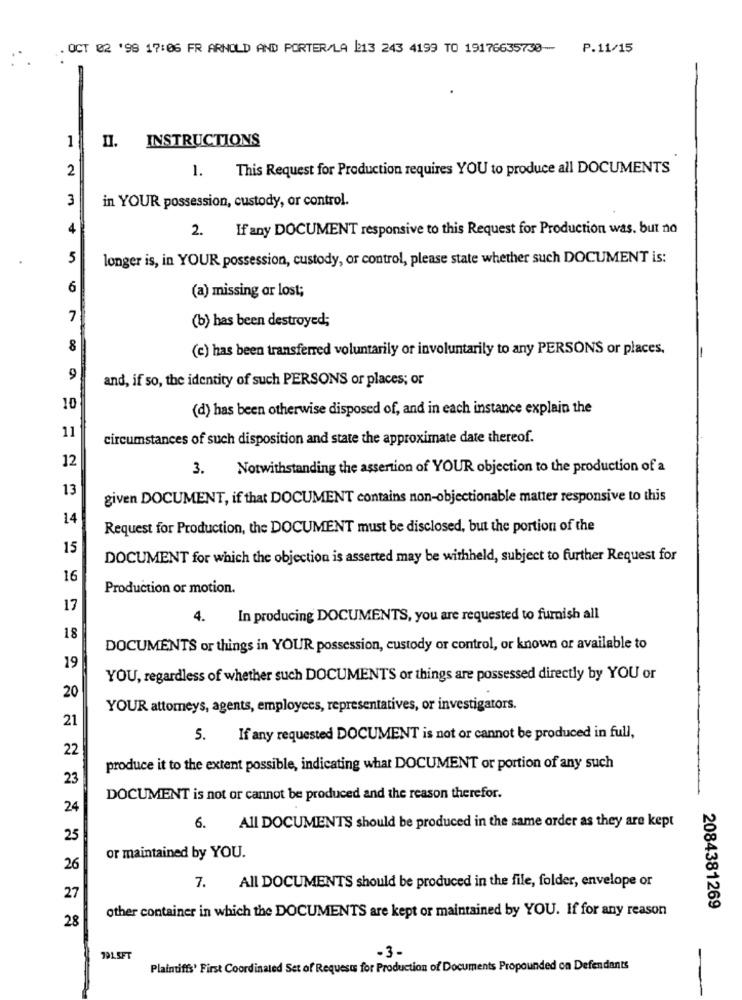
. OCT 02 '99 17:06 FR ARNOLD AND PORTER/LA 2213 243 4199 TO 19176635730 -- P.11/15
1
INSTRUCTIONS
2
This Request for Production requires YOU to produce all DOCUMENTS
1.
3
in YOUR possession, custody, or control.
4
If any DOCUMENT responsive to this Request for Production was. but no
2.
5
longer is, in YOUR possession, custody, or control, please state whether such DOCUMENT is:
6
(a) missing or lost;
7
(b) has been destroyed;
8
(c) has been transferred voluntarily or involuntarily to any PERSONS or places.
-
9
and, if so, the identity of such PERSONS or places; or
10
(d) has been otherwise disposed of, and in each instance explain the
11
circumstances of such disposition and state the approximate date thereof.
12
3.
Notwithstanding the assertion of YOUR objection to the production of a
13
given DOCUMENT, if that DOCUMENT contains non-objectionable matter responsive to this
14
Request for Production, the DOCUMENT must be disclosed, but the portion of the
15
DOCUMENT for which the objection is asserted may be withheld, subject to further Request for
16
Production or motion.
17
4.
In producing DOCUMENTS, you are requested to furnish all
18
DOCUMENTS or things in YOUR possession, custody or control, or known or available to
19
YOU, regardless of whether such DOCUMENTS or things are possessed directly by YOU or
20
YOUR attorneys, agents, employees, representatives, or investigators.
21
5.
If any requested DOCUMENT is not or cannot be produced in full,
22
produce it to the extent possible, indicating what DOCUMENT or portion of any such
23
DOCUMENT is not or cannot be produced and the reason therefor.
24
6.
All DOCUMENTS should be produced in the same order as they are kept
25
or maintained by YOU.
26
7.
All DOCUMENTS should be produced in the file, folder, envelope or
27
other container in which the DOCUMENTS are kept or maintained by YOU. If for any reason
2084381269
28
-3-
791.5FT
Plaintiffs' First Coordinated Set of Requests for Production of Documents Propounded on Defendants